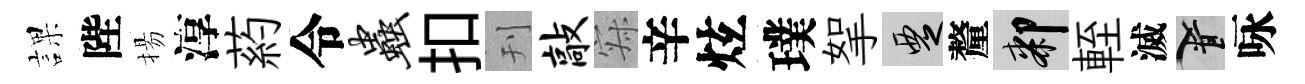
課陛揚淳葯令虫扣刊敲寂辛炫璞挐覂釐膝輊滅柳咏